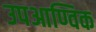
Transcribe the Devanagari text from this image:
उपआण्विक